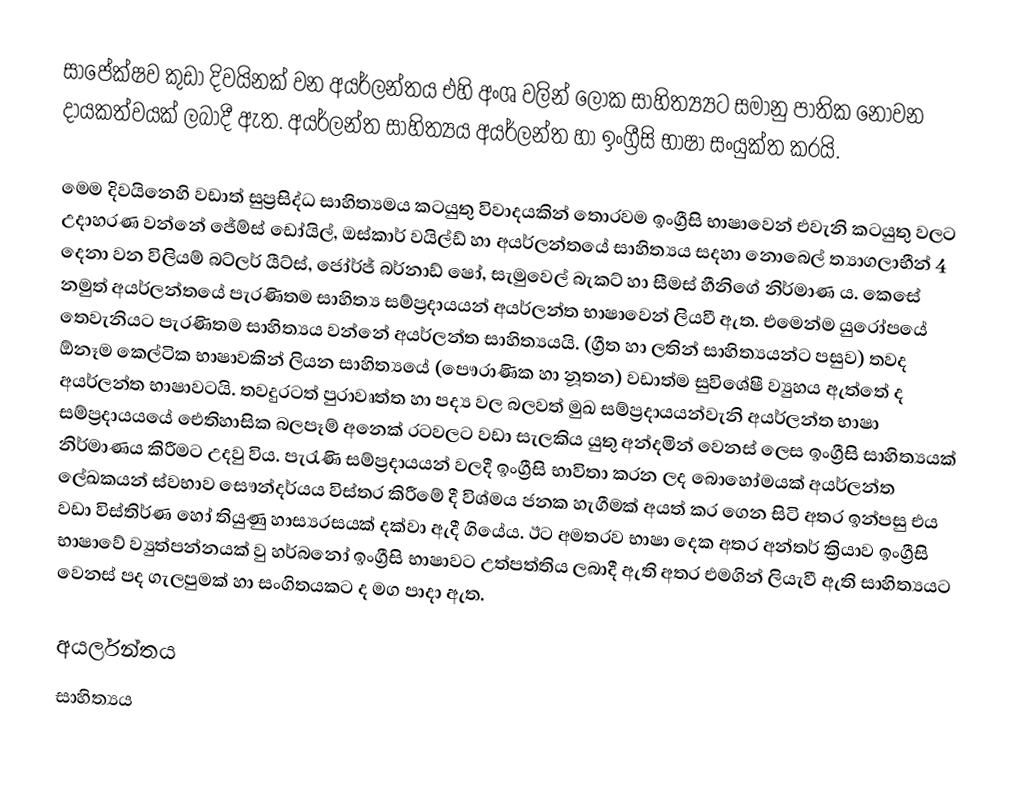
සාපේක්ෂව කුඩා දිවයිනක් වන අයර්ලන්තය එහි අංශ වලින් ලෝක සාහිත්‍ය්‍යට සමානු පාතික නොවන දායකත්වයක් ලබාදී ඇත. අයර්ලන්ත සාහිත්‍යය අයර්ලන්ත හා ඉංග්‍රීසි භාෂා සංයුක්ත කරයි.

මෙම දිවයිනෙහි වඩාත් සුප්‍රසිද්ධ සාහිත්‍යමය කටයුතු විවාදයකින් තොරවම ඉංග්‍රීසි භාෂාවෙන් එවැනි කටයුතු වලට උදාහරණ වන්නේ ජේම්ස් ඩෝයිල්, ඔස්කාර් වයිල්ඩ් හා අයර්ලන්තයේ සාහිත්‍යය සදහා නොබෙල් ත්‍යාගලාභීන් 4 දෙනා වන විලියම් බට්ලර් යීට්ස්, ජෝර්ජ් බර්නාඩ් ෂෝ, සැමුවෙල් බැකට් හා සීමස් හීනිගේ නිර්මාණ ය. කෙසේ නමුත් අයර්ලන්තයේ පැරණිතම සාහිත්‍ය සම්ප්‍රදායයන්  අයර්ලන්ත භාෂාවෙන් ලියවී ඇත. එමෙන්ම යුරෝපයේ තෙවැනියට පැරණිතම සාහිත්‍යය වන්නේ අයර්ලන්ත සාහිත්‍යයයි. (ග්‍රීත හා ලතින් සාහිත්‍යයන්ට පසුව) තවද ඕනෑම කෙල්ටික භාෂාවකින් ලියන සාහිත්‍යයේ (පෞරාණික හා නූතන)‍ වඩාත්ම සුවිශේෂී ව්‍යුහය ඇත්තේ ද අයර්ලන්ත භාෂාවටයි. තවදුරටත් පුරාවෘත්ත හා පද්‍ය  වල බලවත් මුඛ සම්ප්‍රදායයන්වැනි අයර්ලන්ත භාෂා සම්ප්‍රදායයයේ ඓතිහාසික බලපෑම් අනෙක් රටවලට වඩා සැලකිය යුතු අන්දමින් වෙනස් ලෙස ඉංග්‍රීසි සාහිත්‍යයක් නිර්මාණය කිරීමට උදවු විය. පැරැණි සම්ප්‍රදායයන් වලදී ඉංග්‍රීසි  භාවිතා කරන ලද බොහෝමයක් අයර්ලන්ත ලේඛකයන් ස්වභාව සෞන්දර්යය විස්තර කිරීමේ දී විශ්මය ජනක හැගීමක් අයත් කර ගෙන සිටි අතර ඉන්පසු එය වඩා විස්තිර්ණ හෝ තියුණු හාස්‍යරසයක් දක්වා ඇදී ගියේය. ඊට අමතරව භාෂා දෙක අතර අන්තර් ක්‍රියාව ඉංග්‍රීසි භාෂාවේ ව්‍යුත්පන්නයක් වු හර්බනෝ ඉංග්‍රීසි භාෂාවට උත්පත්තිය ලබාදී ඇති අතර එමගින් ලියැවී ඇති සාහිත්‍යයට වෙනස් පද ගැලපුමක් හා සංගිතයකට ද මග පාදා ඇත.

අයර්ලන්තය
සාහිත්‍යය